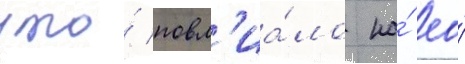
что́ повл'иа́ло на́ ео́